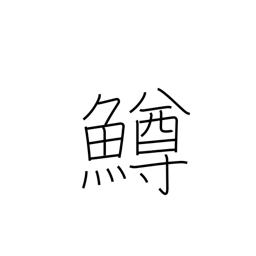
Meaning: salmon trout